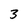
Character: 3